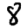
Digit: 8